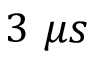
3 ~ \mu s